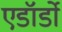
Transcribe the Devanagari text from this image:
एडॉर्डो